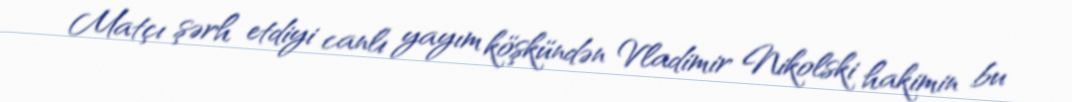
Matçı şərh etdiyi canlı yayım köşkündən Vladimir Nikolski hakimin bu